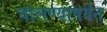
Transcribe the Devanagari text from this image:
घालण्यापर्यंत